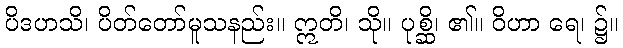
ပိဒဟသိ၊ ပိတ်တော်မူသနည်း။ ဣတိ၊ သို။ ပုစ္ဆိ၊ ၏။ ဝိဟာ ရေ၊ ၌။